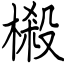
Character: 樧